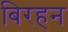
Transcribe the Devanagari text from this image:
बिरहन